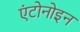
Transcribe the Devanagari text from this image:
एंटोनोइन